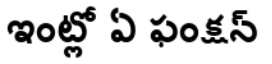
ఇంట్లో ఏ ఫంక్షన్